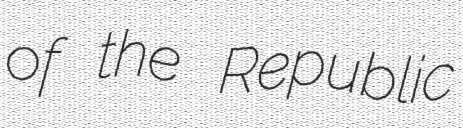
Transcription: of the Republic